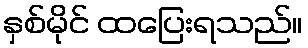
နှစ်မိုင် ထပြေးရသည်။